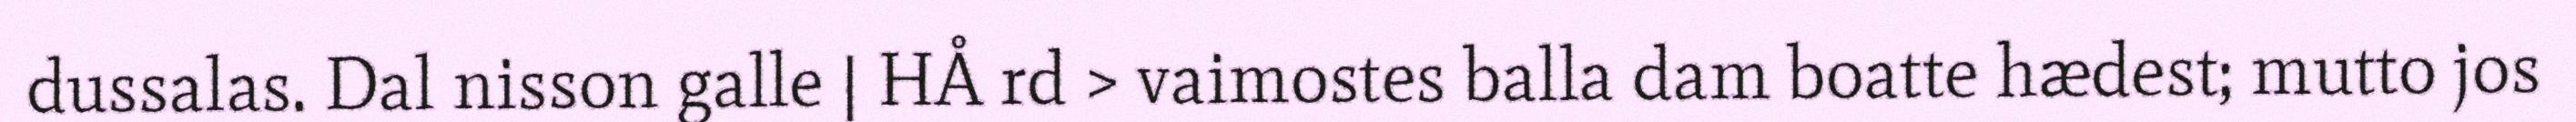
dussalas. Dal nisson galle | HÅ rd > vaimostes balla dam boatte hædest; mutto jos